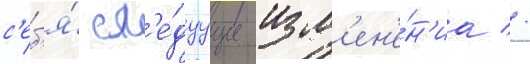
с'еб'я́ сл'е́дуущие изм'ен'е́н'иа //